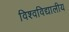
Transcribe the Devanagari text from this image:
विश्वविद्यालीय